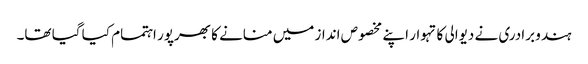
ہندو برادری نے دیوالی کا تہوار اپنے مخصوص انداز میں منانے کا بھرپور اہتمام کیا گیا تھا۔